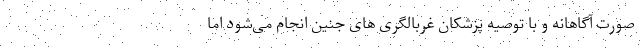
صورت آگاهانه و با توصیه پزشکان غربالگری های جنین انجام می‌شود اما